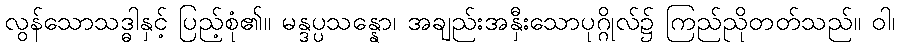
လွန်သောသဒ္ဓါနှင့် ပြည့်စုံ၏။ မန္ဒပ္ပသန္နော၊ အချည်းအနှီးသောပုဂ္ဂိုလ်၌ ကြည်ညိုတတ်သည်။ ဝါ၊